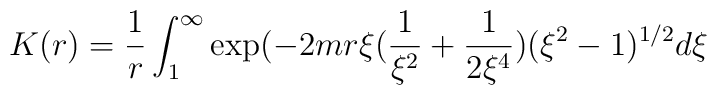
K(r)=\frac{1}{r}\int_{1}^{\infty} \exp (-2mr\xi(\frac{1}{\xi^{2}}+\frac{1}{2\xi^{4}})(\xi^{2}-1)^{1/2}d\xi